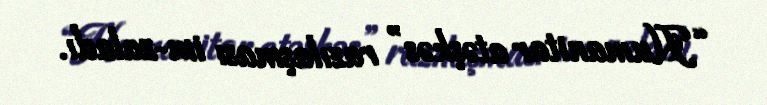
“Humanitar atəşkəs” razılaşması im­zaladı.